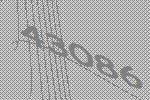
43086